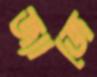
জ্যাজে